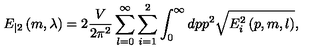
E _ { | 2 } \left( m , \lambda \right) = 2 \frac V { 2 \pi ^ { 2 } } \sum _ { l = 0 } ^ { \infty } \sum _ { i = 1 } ^ { 2 } \int _ { 0 } ^ { \infty } d p p ^ { 2 } \sqrt { E _ { i } ^ { 2 } \left( p , m , l \right) } ,